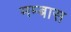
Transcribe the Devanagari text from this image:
मम्बास